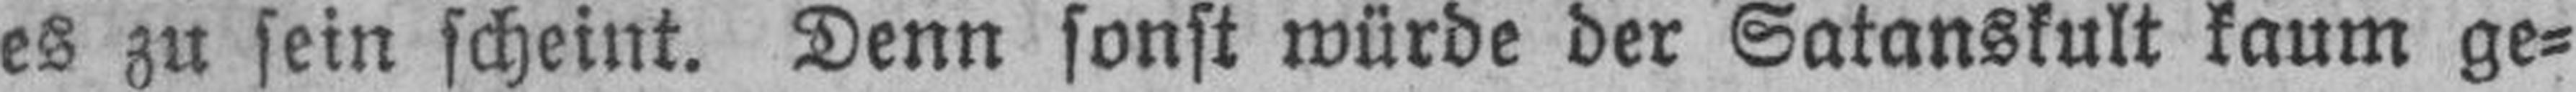
es zu sein scheint. Denn sonst würde der Satanskult kaum ge¬